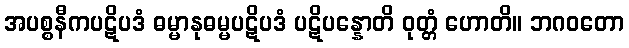
အပစ္စနီကပဋိပဒံ ဓမ္မာနုဓမ္မပဋိပဒံ ပဋိပန္နောတိ ဝုတ္တံ ဟောတိ။ ဘဂဝတော